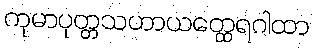
ကုမာပုတ္တသဟာယတ္ထေရဂါထာ